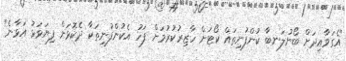
"އެގަވާއިދަށް ބޯނުލަނބާ ކުންފުނިތައް ކޯޓަށް ހާޒިރުކުރުމަށް ފަހު އެކުންފުނިތަކާ ދެކޮޅަށް ފިޔަވަޅު އަޅާނެ"